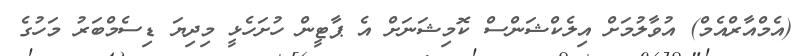
(އެމްއާރްއެމް) އުވާލުމަށް އިލެކްޝަންސް ކޮމިޝަނަށް އެ ޕާޓީން ހުށަހެޅީ މިދިޔަ ޑިސެމްބަރު މަހުގެ